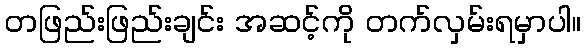
တဖြည်းဖြည်းချင်း အဆင့်ကို တက်လှမ်းရမှာပါ။